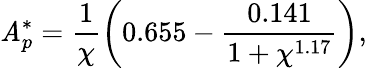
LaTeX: \mathit{A}_{p}^{*}=\frac{{1}}{{\chi}}\left(0.655-\frac{{0.141}}{{1+\chi^{1.17}}}\right),